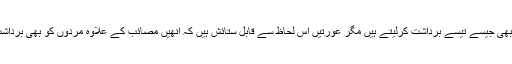
مصائب تو مرد بھی جیسے تیسے برداشت کرلیتے ہیں مگر عورتیں اس لحاظ سے قابل ستائش ہیں کہ انھیں مصائب کے علاوہ مردوں کو بھی برداشت کرنا پڑتا ہے۔